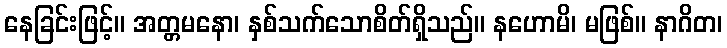
နေခြင်းဖြင့်။ အတ္တမနော၊ နှစ်သက်သောစိတ်ရှိသည်။ နဟောမိ၊ မဖြစ်။ နာဂိတ၊